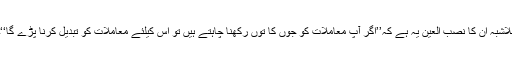
بلاشبہ ان کا نصب العین یہ ہے کہ’’اگر آپ معاملات کو جوں کا توں رکھنا چاہتے ہیں تو اس کیلئے معاملات کو تبدیل کرنا پڑے گا‘‘۔